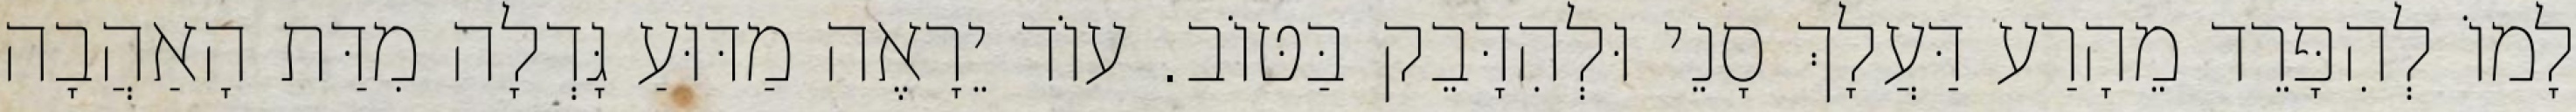
לָמוֹ לְהִפָּרֵד מֵהָרַע דַּעֲלָךְ סָנֵי וּלְהִדָּבֵק בַּטּוֹב. עוֹד יֵרָאֶה מַדּוּעַ גָּדְלָה מִדַּת הָאַהֲבָה